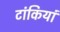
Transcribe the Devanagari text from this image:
टांकियां